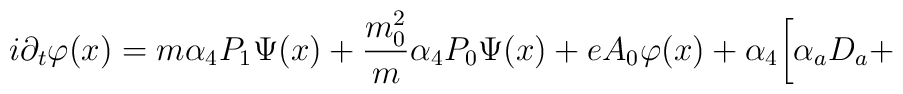
i\partial _t\varphi (x)=m\alpha_4P_1\Psi(x)+\frac{m_0^2}{m}\alpha_4 P_0\Psi(x)+eA_0\varphi(x)+\alpha _4 \biggl [\alpha _aD_a+